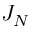
J _ { N }